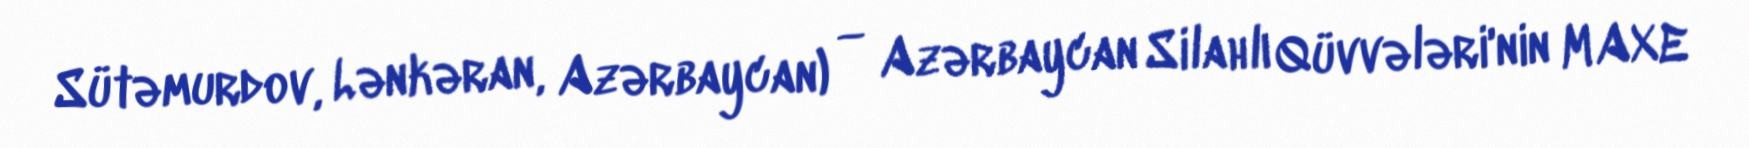
Sütəmurdov, Lənkəran, Azərbaycan) — Azərbaycan Silahlı Qüvvələri'nin MAXE